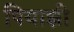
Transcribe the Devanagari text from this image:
पियाझी